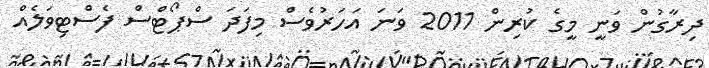
ދިރާގުން ވަނީ މީގެ ކުރިން 2011 ވަނަ އަހަރުވެސް މިފަދަ ސްޕޯޓްސް ފެސްޓިވަލެއް